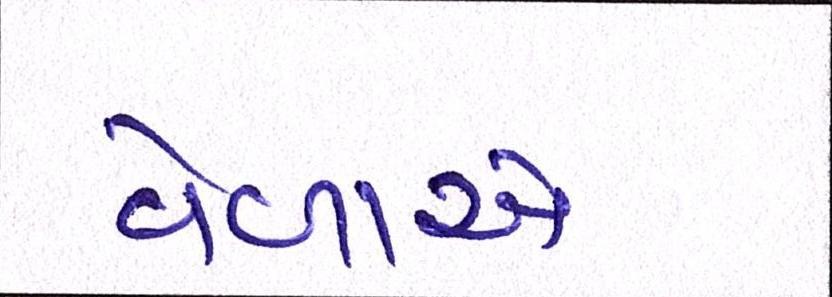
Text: વેળાએ